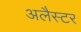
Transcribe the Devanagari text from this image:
अलैस्टर